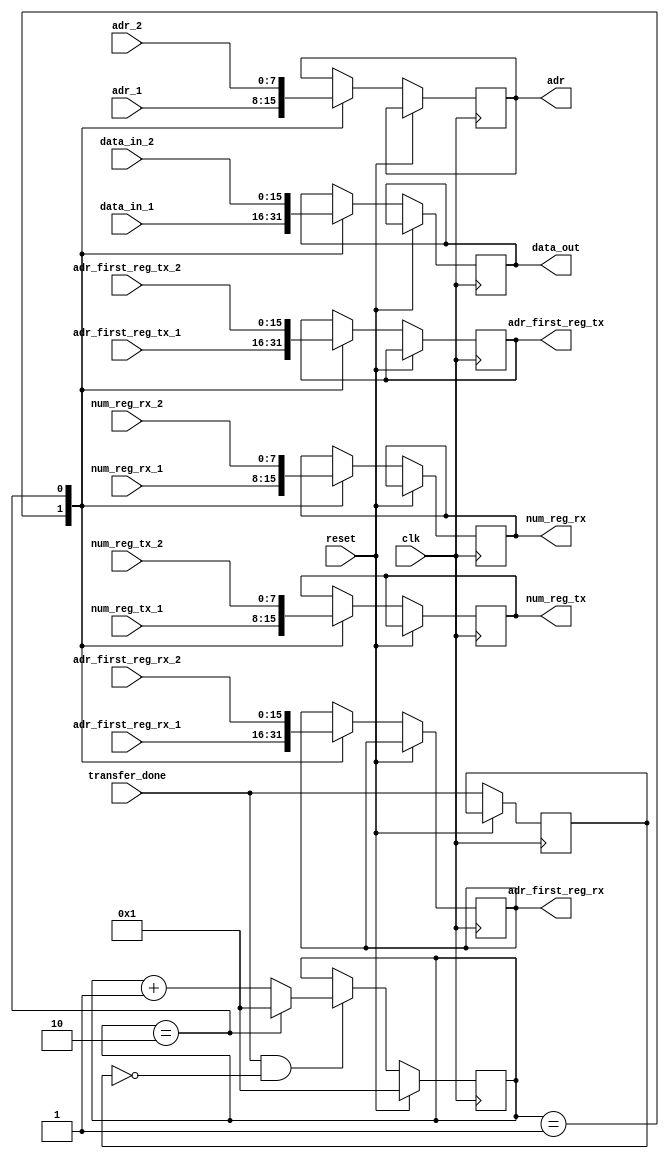
module slave_select (
						input        clk,
					
						input [7:0]  adr_1,
						input [15:0] adr_first_reg_tx_1,
						input [7:0]  num_reg_tx_1,
						input [15:0] adr_first_reg_rx_1,
						input [7:0]  num_reg_rx_1,
						input [15:0] data_in_1,

						input [7:0]  adr_2,
						input [15:0] adr_first_reg_tx_2,
						input [7:0]  num_reg_tx_2,
						input [15:0] adr_first_reg_rx_2,
						input [7:0]  num_reg_rx_2,
						input [15:0] data_in_2,

						input        transfer_done,
						input		 	 reset,
															output reg [7:0]  adr,
															output reg [15:0] adr_first_reg_tx,
															output reg [7:0]  num_reg_tx,
															output reg [15:0] adr_first_reg_rx,
															output reg [7:0]  num_reg_rx,
															output reg [15:0] data_out
																											);

parameter [7:0] number_of_slaves = 2;

	  reg [7:0] selector 	    = 8'h01;
	  reg 		previous_strb   = 1'b0;

initial begin
	adr 			 =  8'h00;
	adr_first_reg_rx = 16'h0000;
	adr_first_reg_tx = 16'h0000;
	num_reg_rx       =  8'h00;
	num_reg_tx       =  8'h00;
	data_out         = 16'h0000;
end

always @(posedge clk) begin
	
	if(reset) begin
		selector <= 8'h01;
	end
	else begin
		
		previous_strb <= transfer_done;

		if(transfer_done && !previous_strb) begin
			if(selector == number_of_slaves)
				selector <= 8'h01;
			else
				selector <= selector + 8'h01;
		end
		else begin end

		case(selector)

			1: begin
				adr 			     <= adr_1;
				adr_first_reg_rx <= adr_first_reg_rx_1;
				adr_first_reg_tx <= adr_first_reg_tx_1;
				num_reg_rx       <= num_reg_rx_1;
				num_reg_tx       <= num_reg_tx_1;
				data_out         <= data_in_1;	
			end

			2: begin
				adr 			 	  <= adr_2;
				adr_first_reg_rx <= adr_first_reg_rx_2;
				adr_first_reg_tx <= adr_first_reg_tx_2;
				num_reg_rx       <= num_reg_rx_2;
				num_reg_tx       <= num_reg_tx_2;
				data_out         <= data_in_2;	
			end

			default: begin end
		endcase

	end

end

endmodule